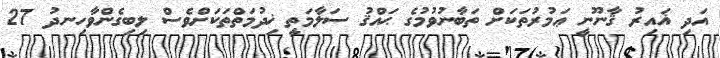
އަދި ޣައިރު ޤާނޫނީ ޢަމުރުތަކަށް ތަބާނުވުުމުގެ ޙައްޤު ސަލާމަތީ ޚިދުމަތްތަކަށްވެސް ލިބިގެންވާހިނދު 27